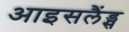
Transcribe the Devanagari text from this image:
आइसलैंड्स